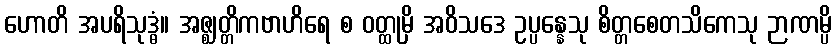
ဟောတိ အပရိသုဒ္ဓံ။ အဇ္ဈတ္တိကဗာဟိရေ စ ဝတ္ထုမှိ အဝိသဒေ ဥပ္ပန္နေသု စိတ္တစေတသိကေသု ဉာဏမ္ပိ